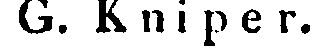
G. Kniper.